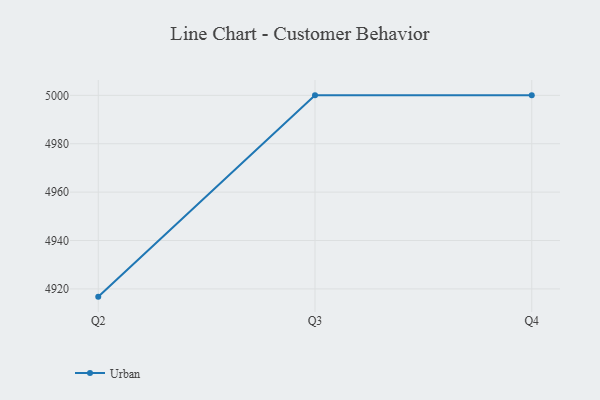
{"axis": {"x": "Quarter", "y": "Conversion Rate (%)"}, "legend": ["Urban"], "data": [{"x": "Q2", "y": 4916.8, "type": "Urban"}, {"x": "Q3", "y": 5000, "type": "Urban"}, {"x": "Q4", "y": 5000, "type": "Urban"}]}